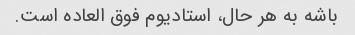
باشه به هر حال، استادیوم فوق العاده است.